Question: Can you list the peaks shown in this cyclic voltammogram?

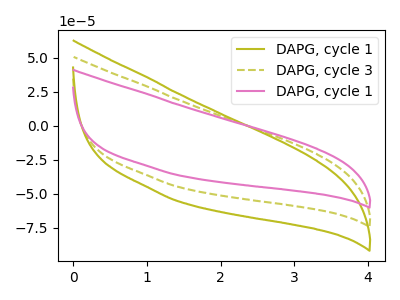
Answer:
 <answer>The olive curve "DAPG, cycle 1" has no peaks. The olive dashed curve "DAPG, cycle 3" has no peaks. The pink curve "DAPG, cycle 1" has no peaks.</answer>
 <eval></eval>